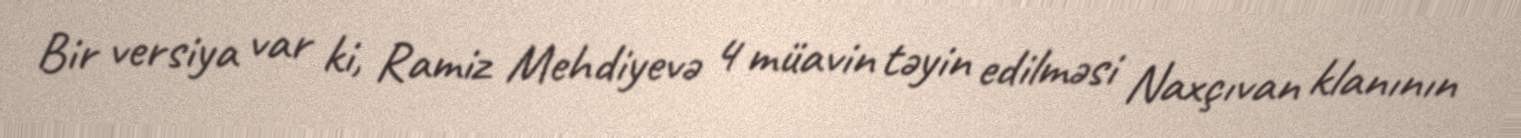
Bir versiya var ki, Ramiz Mehdiyevə 4 müavin təyin edilməsi Naxçıvan klanının